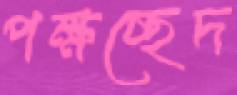
পক্ষচ্ছেদ